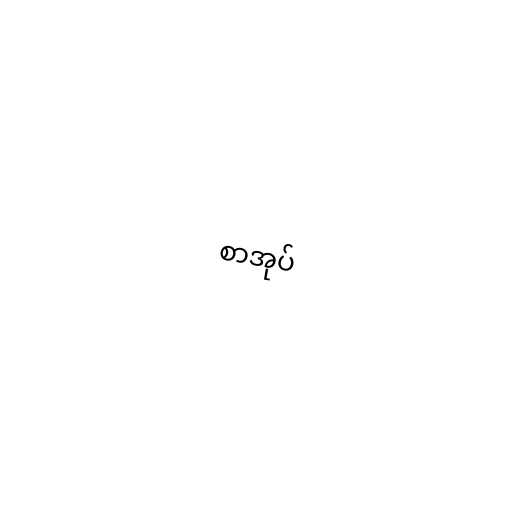
စာအုပ်